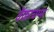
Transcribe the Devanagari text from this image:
वेंकाचम्मा